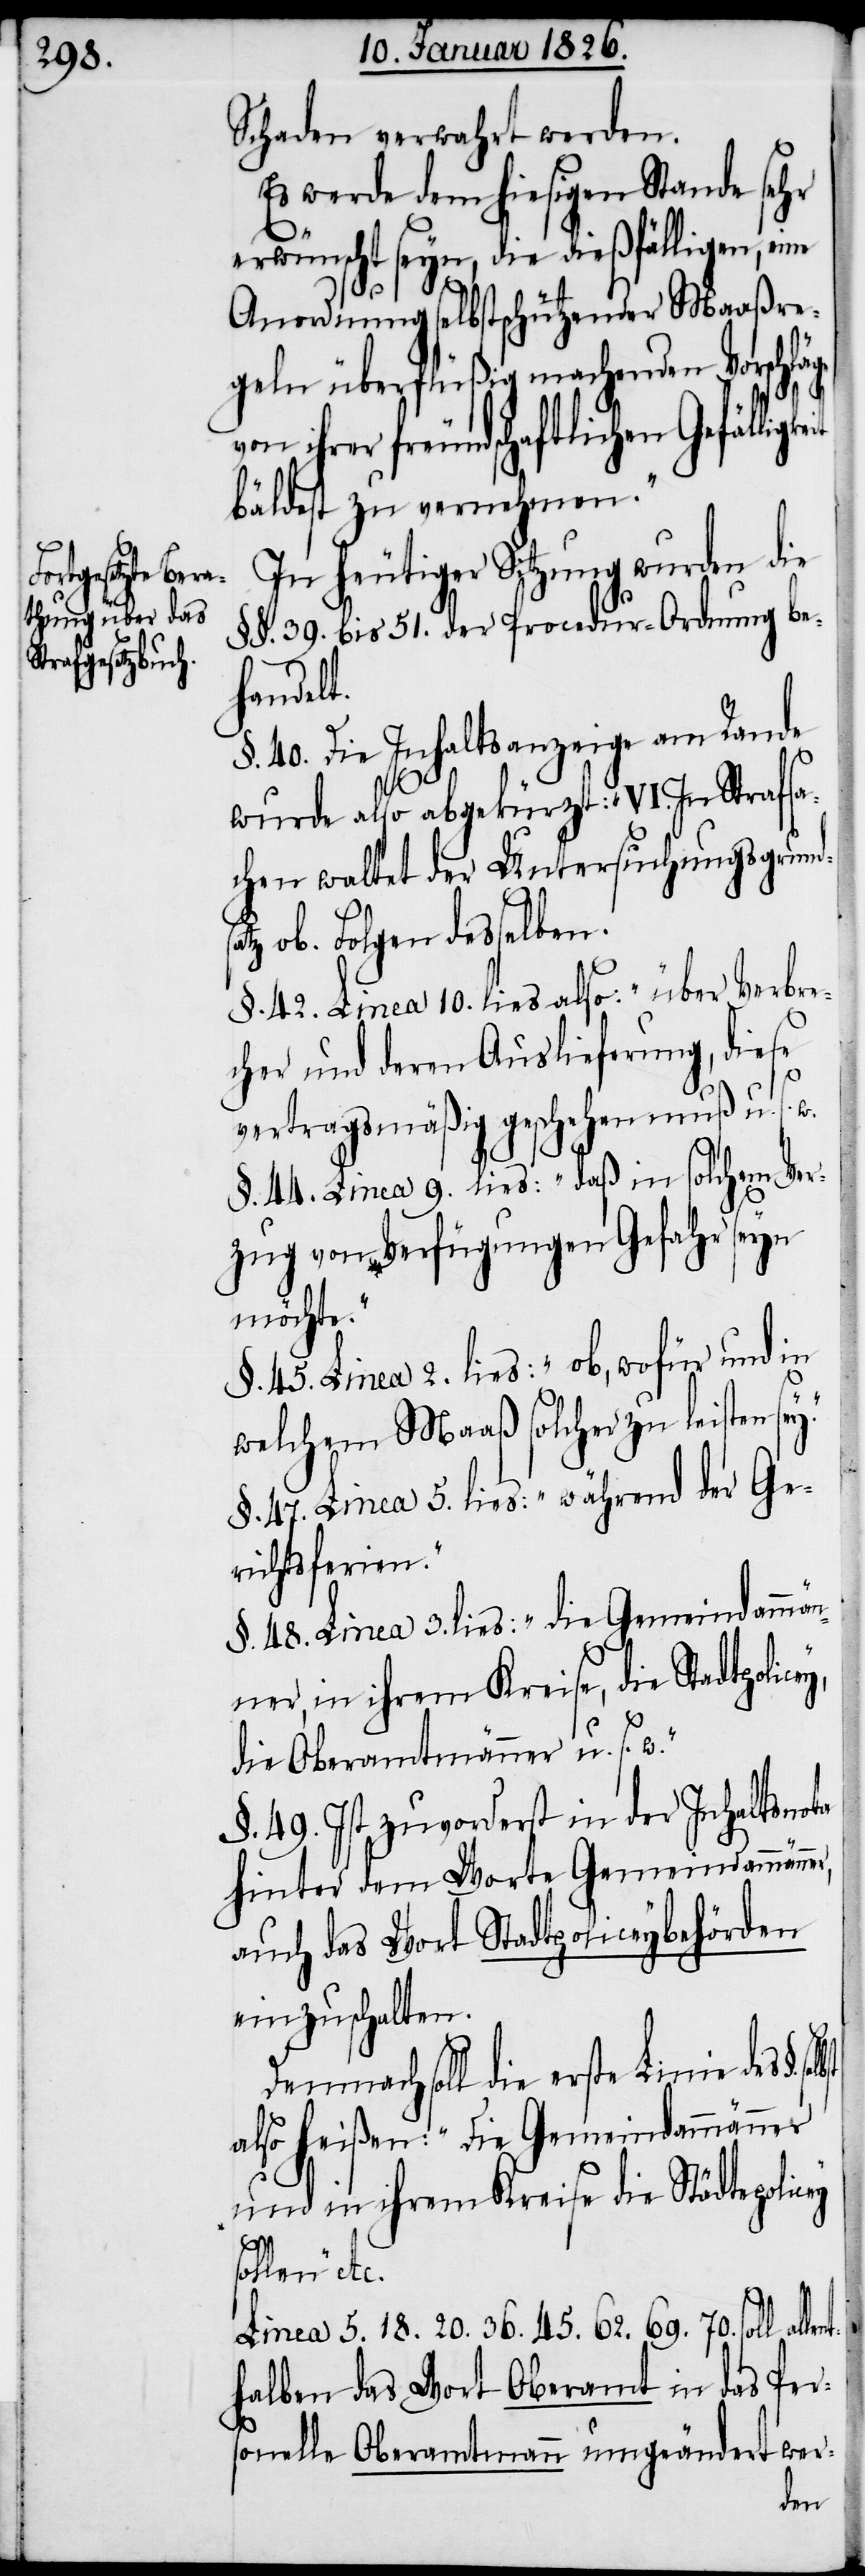
Schaden verwahrt werden.
Es werde dem hiesigen Stande sehr
erwünscht seyn, die dießfälligen,
Anordnung selbstschützender Maaßre¬
geln überflüßig machenden Vorschläge
ihrer freundschaftlichen Gefällig¬
bäldest zu vernehmen.“
In heutiger Sitzung wurden die
§§. 39. bis 51. der Procedur-Ordnung be¬
n.[“]
§. 40. Die Inhaltsanzeige am Rande
wurde also abgekürzt „VI. In Strafsa¬
chen waltet der Untersuchungsgrundsa¬
tz ob. Folgen desselbe¬
§. 42. Linea 10. lies also: „über Verbre¬
cher und deren Auslieferung, diese
vertragsmäßig geschehen muß u. s.
§. 44. Linea 9. lies: „daß in solchem Ver¬
zug von Verfügungen Gefahr seyn
möchte.“
§. 45. Linea 2. lies: „ob, wofür und in
welchem Maaß solcher zu leisten se¬
§. 47. Linea 5. lies: „während der Ge¬
richtsferien.“
§. 48. Linea 3. lies: „die Gemeindammän¬
ner, in ihrem Kreise, die Stadtpolic¬
die Oberamtmänner u. s. w.“
§. 49. Ist zuvorderst in der Inhaltsnota
hinter dem Worte Gemeindammänne¬
auch das Wort Stadtpoliceybehörden
einzuschalten.
Demnach soll die erste Linie des §.
also heißen: „Die Gemeindammänner
und in ihrem Kreise die Städtepolic¬
lent¬
Linea 5. 18. 20. 36. 45. 62. 69. 70. soll al¬
halben das Wort Oberamt in das Per¬
r,
sonelle Oberamtmann umgeändert wer-
ey,